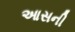
આસની